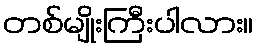
တစ်မျိုးကြီးပါလား။